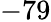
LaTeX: -79